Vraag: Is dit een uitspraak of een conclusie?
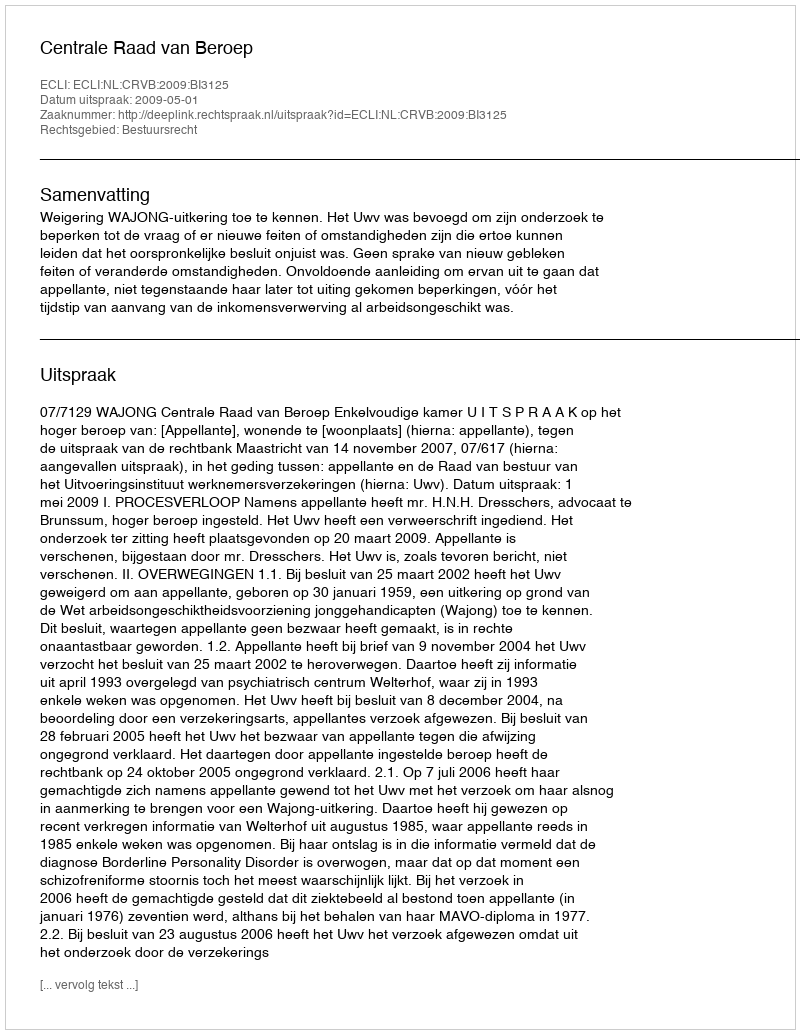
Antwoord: Uitspraak